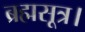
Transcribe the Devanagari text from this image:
ब्रह्मसूत्र।